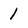
Character: 1